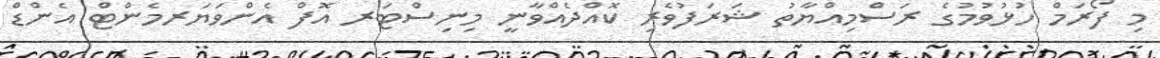
މި ފޯރަމް ހުޅުވުމުގެ ރަސްމިއްޔާތު ޝަރަފުވެރި ކޮއްދެއްވާނީ މިނިސްޓަރ އޮފް އެންވަޔަރމެންޓް އެންޑް